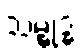
သမ္ဗုဒ္ဓံ